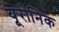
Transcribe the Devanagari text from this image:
यूरोनिक